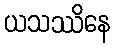
ယသဿိနေ